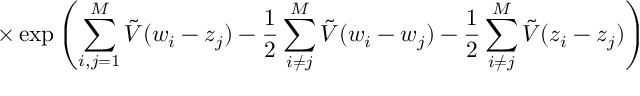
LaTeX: \times \exp \left( \sum _ { i , j = 1 } ^ { M } \tilde { V } ( w _ { i } - z _ { j } ) - \frac { 1 } { 2 } \sum _ { i \neq j } ^ { M } \tilde { V } ( w _ { i } - w _ { j } ) - \frac { 1 } { 2 } \sum _ { i \neq j } ^ { M } \tilde { V } ( z _ { i } - z _ { j } ) \right)